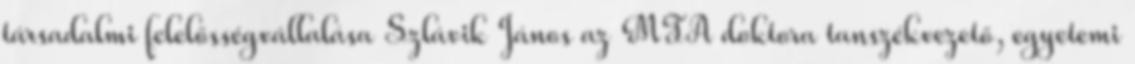
társadalmi felelősségvállalása Szlávik János az MTA doktora tanszékvezető, egyetemi